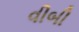
વીબી